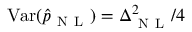
\mathrm { V a r } ( \hat { p } _ { \mathrm { ~ N ~ L ~ } } ) = \Delta _ { \mathrm { ~ N ~ L ~ } } ^ { 2 } / 4